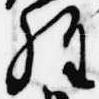
経